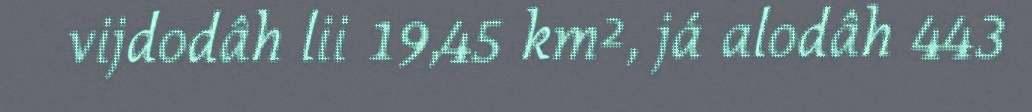
vijdodâh lii 19,45 km², já alodâh 443